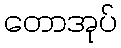
တောအုပ်